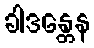
ခါဒန္တေန